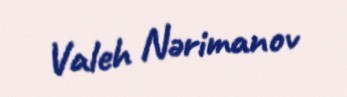
Valeh Nərimanov